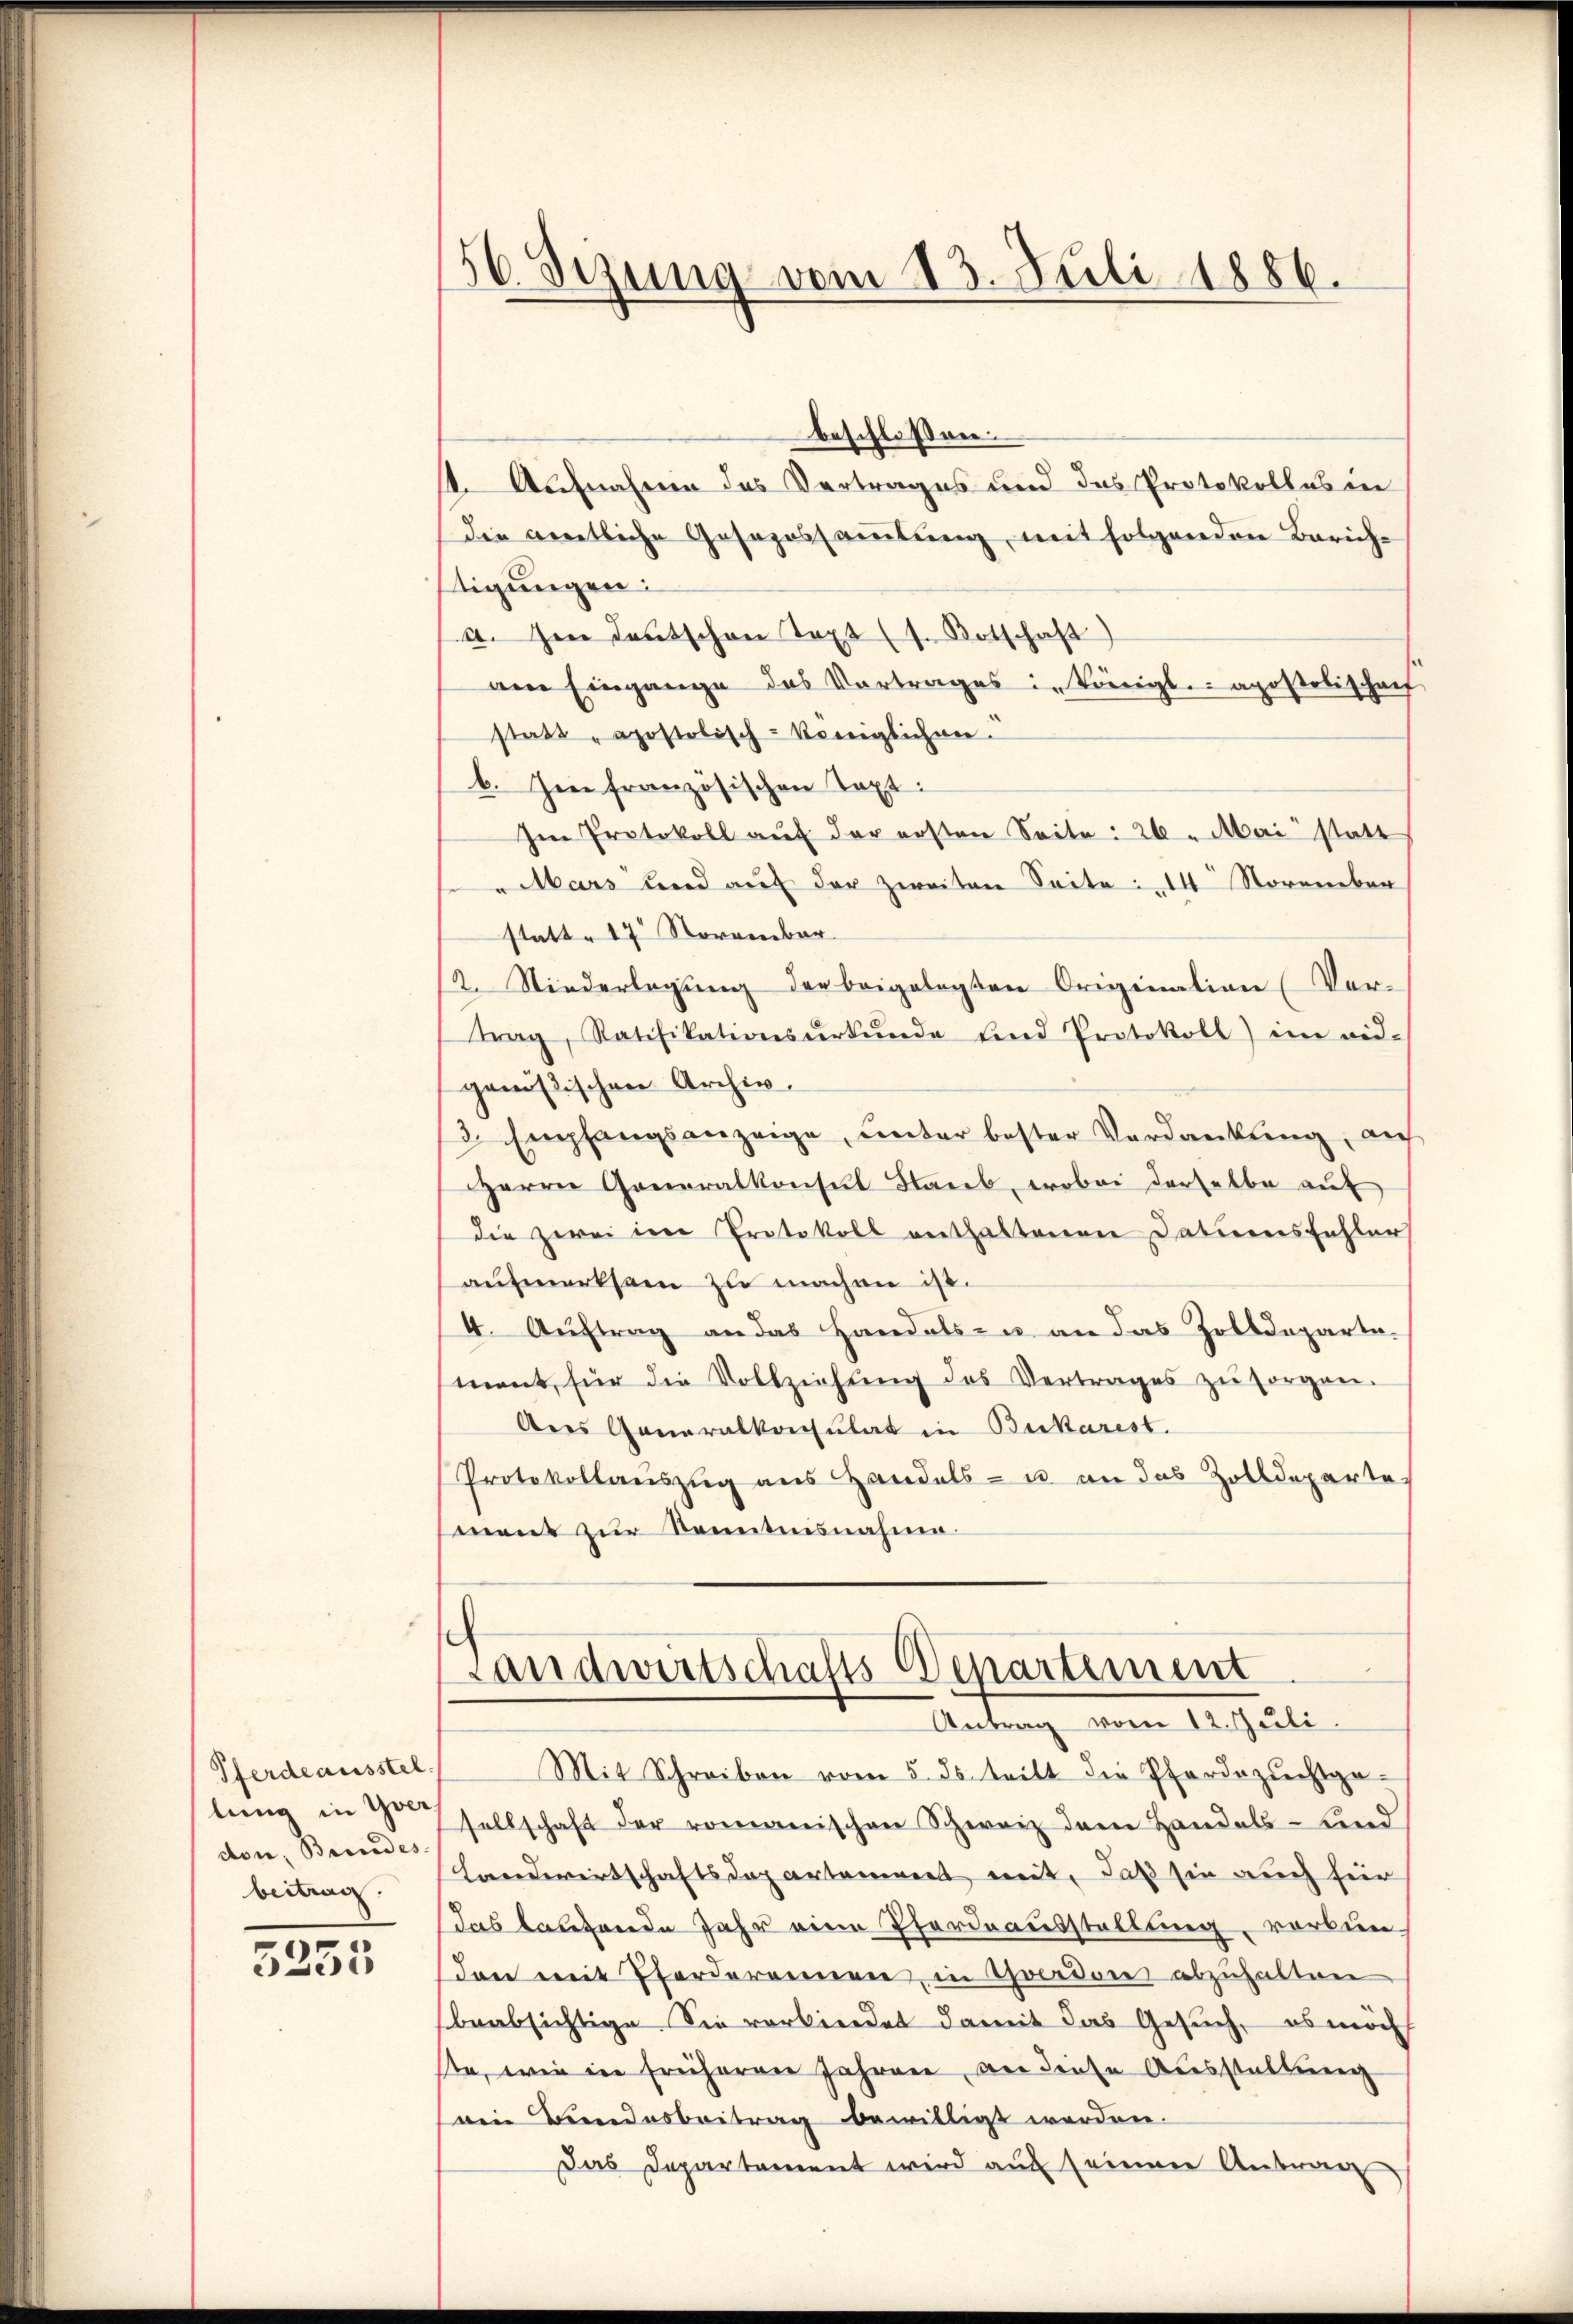
Pferdeausstel
don, Beredes
beitrag.

5255

56. Sezung vom 13. Juli 1886.

beschlossen:
1. Aufnahme des Vertrages und das Protokolles in
die gentliche Gesazossammlung mit folgenden Zürichtigungen:
a. Im Deutschen Text (s. Botschaft)
am Eingange des Vortrages in Königl. apostolischen
statt „apostolisch-königlichen.
b. Im französischen Taxt:
Im Protokoll auf der ersten Seite: 26. Mai statt
"Mars und auf der zweiten Seite 14 November
statt 17 November
2. Niederlegung der beigelegten Origination (Vortrag, Ratifikationsŭrkŭnde und Protokoll) im eid-
genößischen Archiv.
3. Empfangsanzeige, unter bester Verdankung, au
Herrn Generalkonsul Staub, wobei derselbe auf
die zwei im Protokoll enthaltenen Dationsfehler
aufmerksam zu machen ist.
4. Aŭftrag an das Handels zu an das Zolldeparte-
ment, für die Vollziehŭng des Vertrages zŭ sorgen.
Aus Generalkonsulat in Burkarest.
Protokollauszug aus Handels- u. an das Zolldeparte
ment zur Kenntnisnahme.

Landwirtschafts Departement
Antrag vom 12. Juli.

Mit Schreiben vom 5. ds. tritt die Pferdezuchtga-
lŭng in Gesellschaft der romanischen Schweiz dem Handels- und
Landwirtschaftsdepartament mit, daß sie auch für
das laufende Jahr eine Pfordeausstellung vorben.
dan mit Pferderennen in Yverdon abzuhalten
beabsichtige Sie verbindet damit das Gesuch, es möch
se, wie in früheren Jahren, an diese Ausstellung
ein Bundesbeitrag bewilligt werden.
Das Departement wird auf seinen Antrag